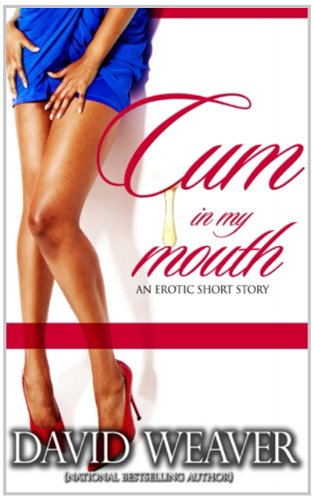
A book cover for Cum in my Mouth; David Weaver; Romance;